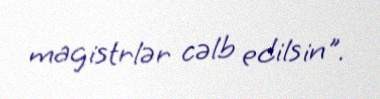
magistrlər cəlb edilsin".